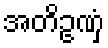
အတိဥဏှံ